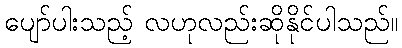
ပျော်ပါးသည့် လဟုလည်းဆိုနိုင်ပါသည်။